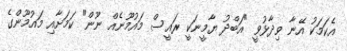
އެކަމަކު އޭނާ ވިދާޅުވީ "އަބްދު ޔާމީނަކީ ރައީސް މައުމޫނެއް ނޫން" ކަމަށާއި މައުމޫންގެ